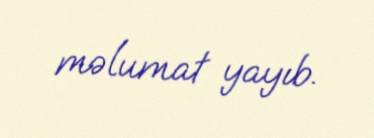
məlumat yayıb.